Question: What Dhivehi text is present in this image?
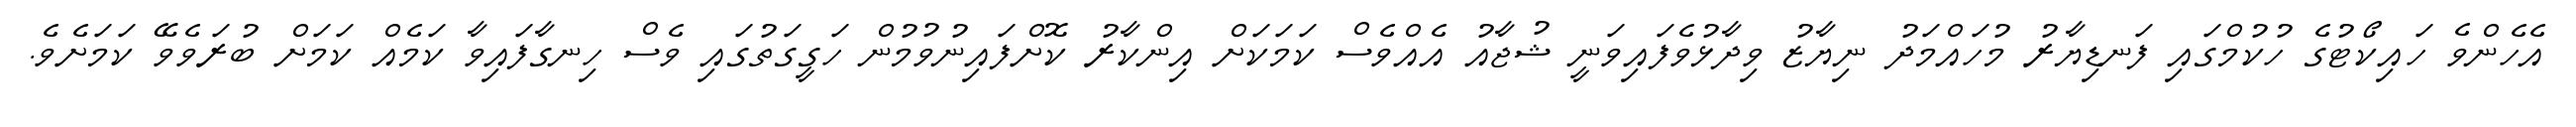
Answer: އެހެންވެ ހައިކޯޓުގެ ހުކުމްގައި ފަނޑިޔާރު މުހައްމަދު ނިޔާޒު ވިދާޅުވެފައިވަނީ ޝުޖާއު އެއްވެސް ކަމަކަށް އިންކާރު ކޮށްފައިނުވުމުން ހަގީގަތުގައި ވެސް ހިނގާފައިވާ ކަމެއް ކަމަށް ބުރަވެވޭ ކަމަށެވެ.